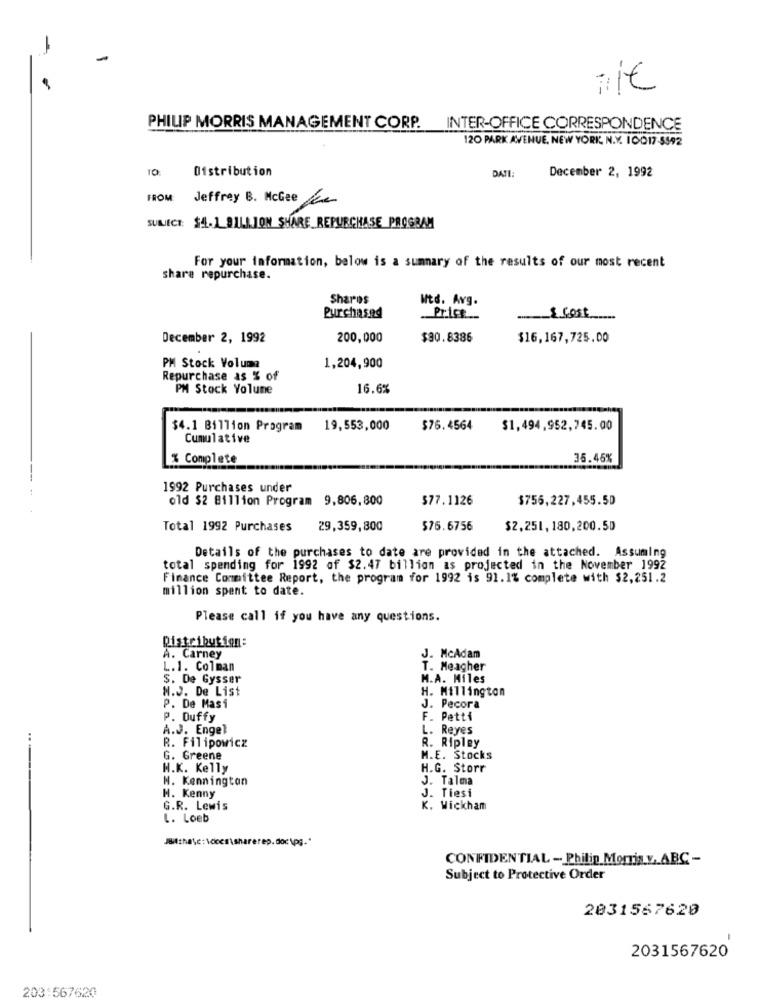
-
-
PHILIP MORRIS MANAGEMENT CORP. INTER-OFFICE CORRESPONDENCE
120 PARK AVENUE, NEW YORK N.Y. 10017-5992
10:
Distribution
December 2, 1992
DATE:
FROM
Jeffrey B. McGee
SURLECT: $4.1 9111.JON SHARE_REPURCHASE PROGRAM
For your information, below is a summary of the results of our most recent
share repurchase.
Shares
Wtd. Avg.
Purchased
Price
& Cost
December 2, 1992
200,000
$30.8386
$16,167,725.00
PM Stock Volume
1,204,900
Repurchase as % of
PM Stock Volume
16.6%
$4.1 Billion Program
19,553,000
$76.4564
$1,494,952,745.00
Cumulative
% Complete
35.45%
1992 Purchases under
old $2 Billion Program 9,806,800
$77.1126
$756,227,455.50
Total 1992 Purchases
29,359,800
$76.6756
$2.251, 180,200.50
Details of the purchases to date are provided in the attached. Assuming
total spending for 1992 of $2.47 billion as projected in the November 1992
Finance Committee Report, the program for 1992 is 91.1% complete with $2,251.2
million spent to date.
Please call if you have any questions.
Distribution:
A. Carney
J. McAdam
L.1. Colman
T. Meagher
S. De Gysser
M.A. Miles
M.J. De List
H. Millington
P. De Masi
J. Pecora
P. Duffy
F. Petti
A.J. Engel
L. Reyes
R. Filipowicz
R. Ripley
G. Greene
M.E. Stocks
H.K. Kelly
H.G. Storr
N. Kennington
J. Talma
H. Kenny
J. Tiesi
G.R. Lewis
K. Wickham
L. Loeb
Jthe\c: \oces\sharerep.doc\pg."
CONFIDENTIAL - Philip Morris v. ABC -
Subject to Protective Order
2031567620
-
2031567620
203:567620